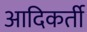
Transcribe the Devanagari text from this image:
आदिकर्ती